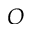
O